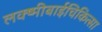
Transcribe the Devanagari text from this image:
लक्ष्मीबाईचिकित्सा